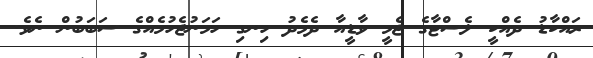
ރައްކާޑު ދެއްކީ ލެސްޓާގެ ޖެމީ ވާޑީއާ ދެމެދު ހިނގި ހަމަނުޖެހުމެއްގެ ސަބަބުން ނެވެ.